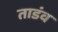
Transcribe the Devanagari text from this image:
ताडंव